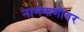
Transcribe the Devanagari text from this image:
नागफणीवर